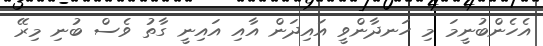
އެހެންބުނީމަ މި ހަނދާންވީ އައިދަން އާއި އައިނީ ގާތު ވެސް ބުނި މިރޭ